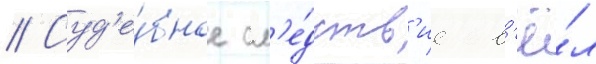
// Суд'е́бное сл'е́дств'ие в'ё́л